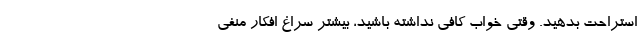
استراحت بدهید. وقتی خواب کافی نداشته باشید، بیشتر سراغ افکار منفی